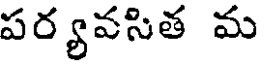
పర్యవసిత మ